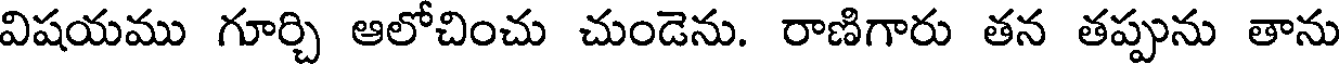
విషయము గూర్చి ఆలోచించు చుండెను. రాణిగారు తన తప్పును తాను